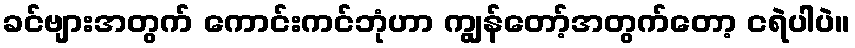
ခင်ဗျားအတွက် ကောင်းကင်ဘုံဟာ ကျွန်တော့်အတွက်တော့ ငရဲပါပဲ။